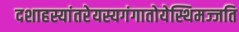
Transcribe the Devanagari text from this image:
दशाहस्यांतरेयस्यगंगातोयेस्थिमज्जति